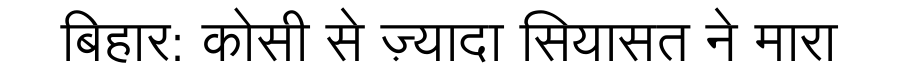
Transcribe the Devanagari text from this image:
बिहार: कोसी से ज़्यादा सियासत ने मारा